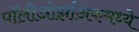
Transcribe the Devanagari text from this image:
पॉलीओर्झाअकमध्ये